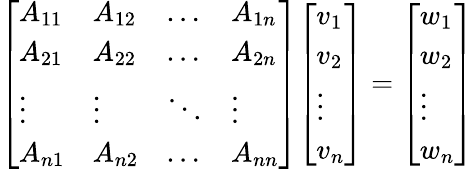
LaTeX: {\left[\begin{array}{llll}{A_{11}}&{A_{12}}&{\ldots}&{A_{1n}}\\ {A_{21}}&{A_{22}}&{\ldots}&{A_{2n}}\\ {\vdots}&{\vdots}&{\ddots}&{\vdots}\\ {A_{n1}}&{A_{n2}}&{\ldots}&{A_{nn}}\end{array}\right]}{\left[\begin{array}{l}{v_{1}}\\ {v_{2}}\\ {\vdots}\\ {v_{n}}\end{array}\right]}={\left[\begin{array}{l}{w_{1}}\\ {w_{2}}\\ {\vdots}\\ {w_{n}}\end{array}\right]}